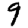
Digit: 9